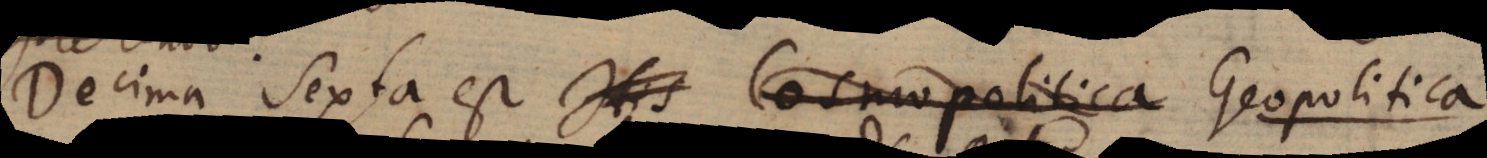
Decima sexta est His Cosmopolitica Geopolitica